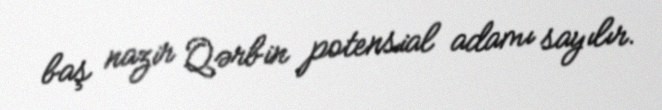
baş nazir Qərbin potensial adamı sayılır.